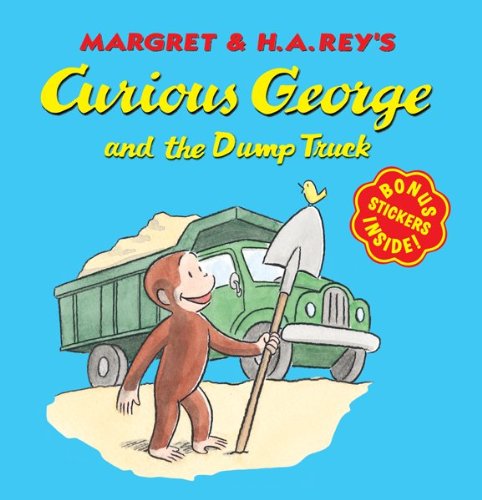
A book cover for Curious George and the Dump Truck (8x8 with stickers); H. A. Rey; Children's Books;